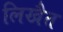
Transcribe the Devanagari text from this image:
लिखैत